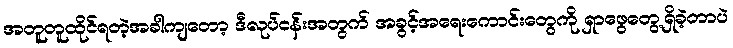
အတူတူထိုင်ရတဲ့အခါကျတော့ ဒီလုပ်ငန်းအတွက် အခွင့်အရေးကောင်းတွေကို ရှာဖွေတွေ့ရှိခဲ့တာပဲ